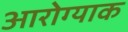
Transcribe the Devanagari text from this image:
आरोग्याक